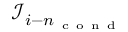
{ \mathcal I } _ { i - n _ { \mathrm { ~ c ~ o ~ n ~ d ~ } } }